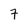
Character: 7